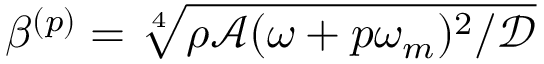
\beta ^ { ( p ) } = \sqrt [ 4 ] { \rho \mathcal { A } ( \omega + p \omega _ { m } ) ^ { 2 } / \mathcal { D } }